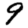
Digit: 9